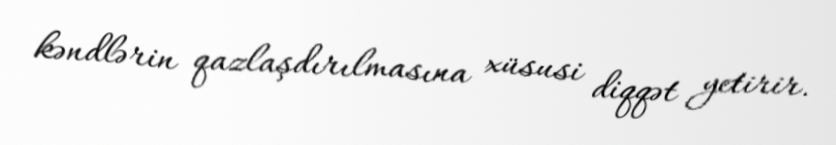
kəndlərin qazlaşdırılmasına xüsusi diqqət yetirir.